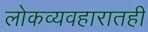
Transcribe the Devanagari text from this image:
लोकव्यवहारातही